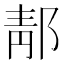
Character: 郬